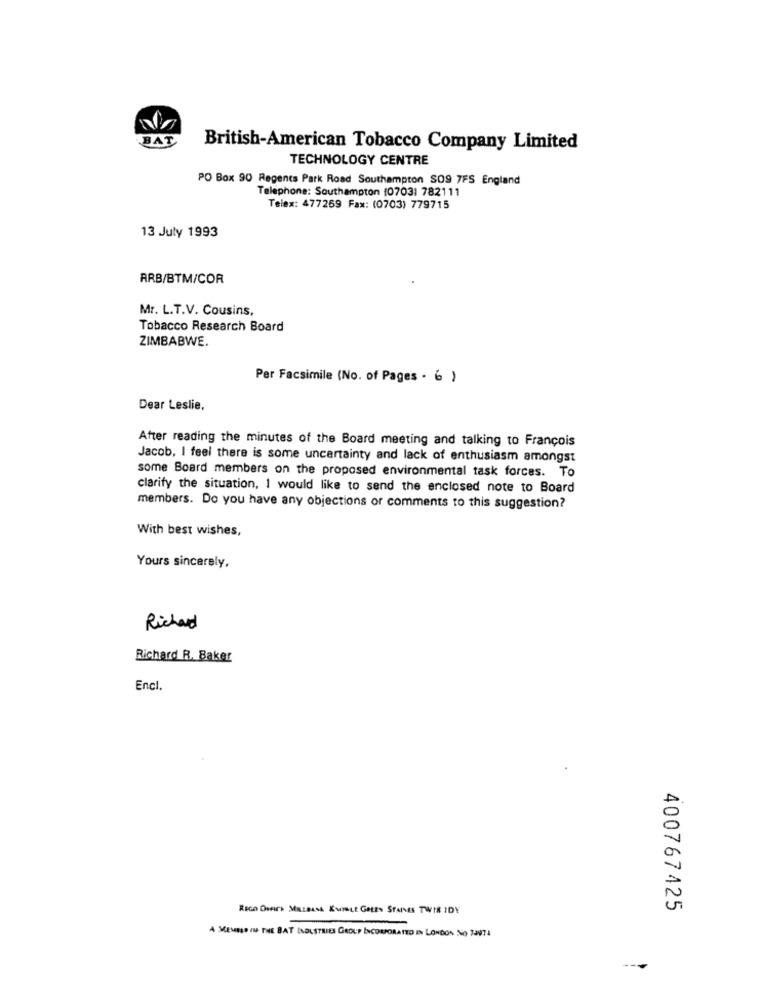
BA
British-American Tobacco Company Limited
TECHNOLOGY CENTRE
PO Box 90 Regents Park Road Southampton S09 7FS England
Telephone: Southampton (07031 782111
Telex: 477269 Fax: (0703) 779715
13 July 1993
ARB/BTM/COR
Mr. L.T.V. Cousins,
Tobacco Research Board
ZIMBABWE.
Per Facsimile (No. of Pages - 6 )
Dear Leslie,
After reading the minutes of the Board meeting and talking to François
Jacob, I feel there is some uncertainty and lack of enthusiasm amongst
some Board members on the proposed environmental task forces. To
clarify the situation, 1 would like to send the enclosed note to Board
members. Do you have any objections or comments to this suggestion?
With best wishes,
Yours sincerely,
Richard
Richard R. Baker
Encl.
RIGO Denira MELaISA KUINLE GALES STARES TWIR IDY
400767425
A MEURO IN THE BAT INDUSTRIES GROUP INCORPORATED IN LONDON NO TANT
---